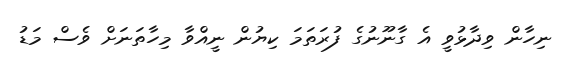
ނިހާން ވިދާޅުވީ އެ ގާނޫނުގެ ފުރަތަމަ ކިޔުން ނީއްވާ މިހާތަނަށް ވެސް މަޑު